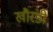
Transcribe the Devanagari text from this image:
खौरंडी